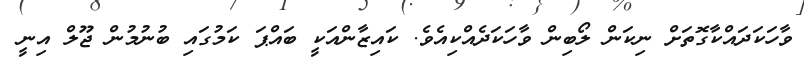
ވާހަކަދައްކާގޮތަށް ނިކަން ލޯބިން ވާހަކަދެއްކިއެވެ. ކައިޒާންއަކީ ބައްޕަ ކަމުގައި ބުނުމުން ޖޫލް އިނީ